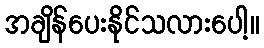
အချိန်ပေးနိုင်သလားပေါ့။